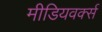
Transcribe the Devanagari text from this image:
मीडियवर्क्स